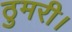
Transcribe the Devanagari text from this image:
ठुमरी।